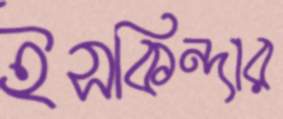
ইসকিন্দার